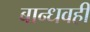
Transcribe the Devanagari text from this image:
बान्धवही